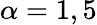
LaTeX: \alpha=1,5